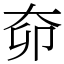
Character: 奅